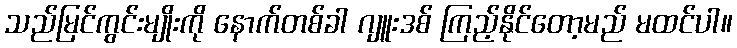
သည်မြင်ကွင်းမျိုးကို နောက်တစ်ခါ ဂျူးဒစ် ကြည့်နိုင်တော့မည် မထင်ပါ။